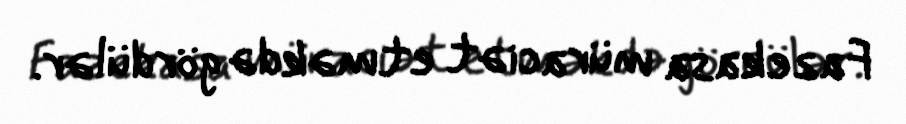
Fazekasa müraciət etməkdə gördülər.